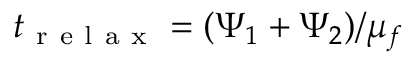
t _ { \mathrm { ~ r ~ e ~ l ~ a ~ x ~ } } = ( \Psi _ { 1 } + \Psi _ { 2 } ) / \mu _ { f }